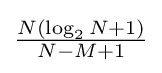
{\tfrac {N\left(\log _{2}N+1\right)}{N-M+1}}